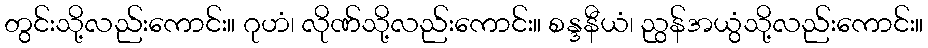
တွင်းသို့လည်းကောင်း။ ဂုဟံ၊ လိုဏ်သို့လည်းကောင်း။ စန္ဒနီယံ၊ ညွန်အယွံသို့လည်းကောင်း။